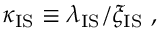
\kappa _ { \mathrm { I S } } \equiv \lambda _ { \mathrm { I S } } / \xi _ { \mathrm { I S } } \ ,